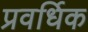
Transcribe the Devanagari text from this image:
प्रवर्धिक